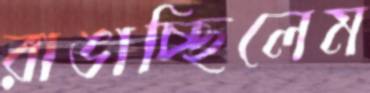
রাঙাচ্ছিলেম